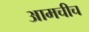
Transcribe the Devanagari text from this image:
आमचीच